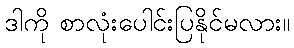
ဒါကို စာလုံးပေါင်းပြနိုင်မလား။